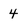
Character: 4